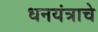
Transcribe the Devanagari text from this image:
धनयंत्राचे